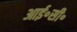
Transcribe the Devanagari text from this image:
आई॰सी॰